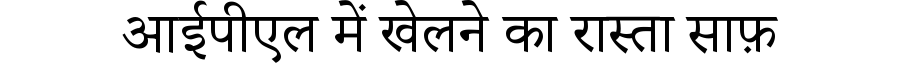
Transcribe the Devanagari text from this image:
आईपीएल में खेलने का रास्ता साफ़